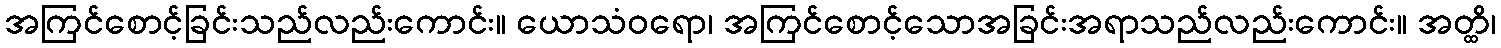
အကြင်စောင့်ခြင်းသည်လည်းကောင်း။ ယောသံဝရော၊ အကြင်စောင့်သောအခြင်းအရာသည်လည်းကောင်း။ အတ္ထိ၊